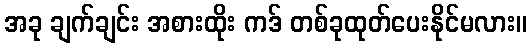
အခု ချက်ချင်း အစားထိုး ကဒ် တစ်ခုထုတ်ပေးနိုင်မလား။